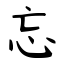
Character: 忘